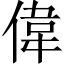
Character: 偉